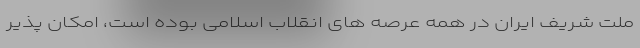
ملت شریف ایران در همه عرصه های انقلاب اسلامی بوده است، امکان پذیر